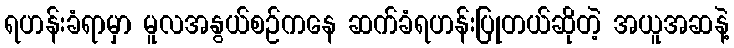
ရဟန်းခံရာမှာ မူလအနွယ်စဉ်ကနေ ဆက်ခံရဟန်းပြုတယ်ဆိုတဲ့ အယူအဆနဲ့